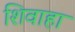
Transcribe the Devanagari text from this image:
शिवाहा